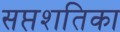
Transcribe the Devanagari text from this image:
सप्तशतिका